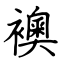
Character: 襖